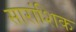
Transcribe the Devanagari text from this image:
सारांशिक